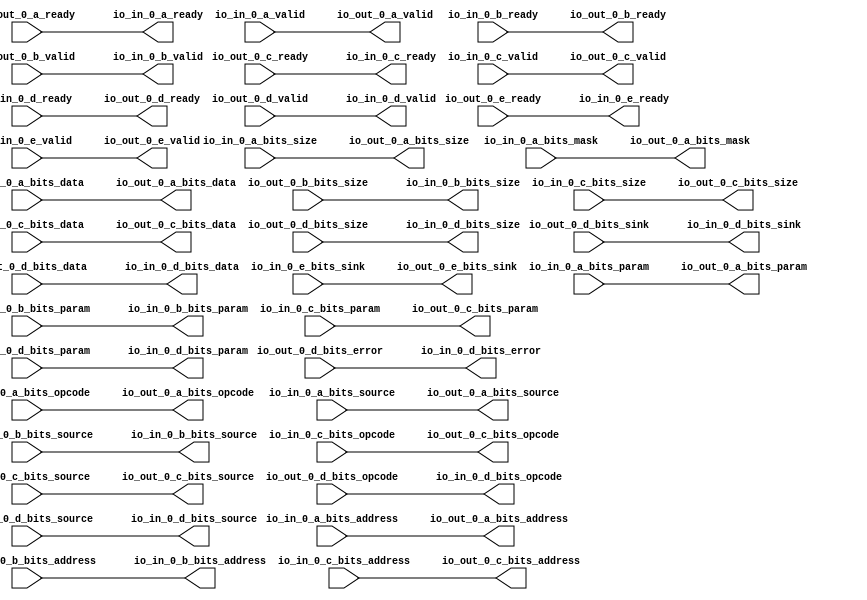
// Copyright (c) 2017, Microsemi Corporation
// All rights reserved.
//
// Redistribution and use in source and binary forms, with or without
// modification, are permitted provided that the following conditions are met:
//     * Redistributions of source code must retain the above copyright
//       notice, this list of conditions and the following disclaimer.
//     * Redistributions in binary form must reproduce the above copyright
//       notice, this list of conditions and the following disclaimer in the
//       documentation and/or other materials provided with the distribution.
//     * Neither the name of the <organization> nor the
//       names of its contributors may be used to endorse or promote products
//       derived from this software without specific prior written permission.
//
// THIS SOFTWARE IS PROVIDED BY THE COPYRIGHT HOLDERS AND CONTRIBUTORS "AS IS" AND
// ANY EXPRESS OR IMPLIED WARRANTIES, INCLUDING, BUT NOT LIMITED TO, THE IMPLIED
// WARRANTIES OF MERCHANTABILITY AND FITNESS FOR A PARTICULAR PURPOSE ARE
// DISCLAIMED. IN NO EVENT SHALL MICROSEMI CORPORATIONM BE LIABLE FOR ANY
// DIRECT, INDIRECT, INCIDENTAL, SPECIAL, EXEMPLARY, OR CONSEQUENTIAL DAMAGES
// (INCLUDING, BUT NOT LIMITED TO, PROCUREMENT OF SUBSTITUTE GOODS OR SERVICES;
// LOSS OF USE, DATA, OR PROFITS; OR BUSINESS INTERRUPTION) HOWEVER CAUSED AND
// ON ANY THEORY OF LIABILITY, WHETHER IN CONTRACT, STRICT LIABILITY, OR TORT
// (INCLUDING NEGLIGENCE OR OTHERWISE) ARISING IN ANY WAY OUT OF THE USE OF THIS
// SOFTWARE, EVEN IF ADVISED OF THE POSSIBILITY OF SUCH DAMAGE.
//
// APACHE LICENSE
// Copyright (c) 2017, Microsemi Corporation 
//
// Licensed under the Apache License, Version 2.0 (the "License");
// you may not use this file except in compliance with the License.
// You may obtain a copy of the License at
//
//    http://www.apache.org/licenses/LICENSE-2.0
//
// Unless required by applicable law or agreed to in writing, software
// distributed under the License is distributed on an "AS IS" BASIS,
// WITHOUT WARRANTIES OR CONDITIONS OF ANY KIND, either express or implied.
// See the License for the specific language governing permissions and
// limitations under the License.
//
// Description:
//
// SVN Revision Information:
// SVN $Revision: $
// SVN $Date: $
//
// Resolved SARs
// SAR      Date     Who   Description
//
// Notes:
//
// ****************************************************************************/
`define RANDOMIZE
`timescale 1ns/10ps
module MIV_RV32IMA_MIV_RV32IMA_0_MIV_RV32IMA_L1_AHB_TLFIFO_FIXER_SYSTEM_BUS(
  output        io_in_0_a_ready,
  input         io_in_0_a_valid,
  input  [2:0]  io_in_0_a_bits_opcode,
  input  [2:0]  io_in_0_a_bits_param,
  input  [3:0]  io_in_0_a_bits_size,
  input  [1:0]  io_in_0_a_bits_source,
  input  [31:0] io_in_0_a_bits_address,
  input  [3:0]  io_in_0_a_bits_mask,
  input  [31:0] io_in_0_a_bits_data,
  input         io_in_0_b_ready,
  output        io_in_0_b_valid,
  output [1:0]  io_in_0_b_bits_param,
  output [3:0]  io_in_0_b_bits_size,
  output [1:0]  io_in_0_b_bits_source,
  output [31:0] io_in_0_b_bits_address,
  output        io_in_0_c_ready,
  input         io_in_0_c_valid,
  input  [2:0]  io_in_0_c_bits_opcode,
  input  [2:0]  io_in_0_c_bits_param,
  input  [3:0]  io_in_0_c_bits_size,
  input  [1:0]  io_in_0_c_bits_source,
  input  [31:0] io_in_0_c_bits_address,
  input  [31:0] io_in_0_c_bits_data,
  input         io_in_0_d_ready,
  output        io_in_0_d_valid,
  output [2:0]  io_in_0_d_bits_opcode,
  output [1:0]  io_in_0_d_bits_param,
  output [3:0]  io_in_0_d_bits_size,
  output [1:0]  io_in_0_d_bits_source,
  output [1:0]  io_in_0_d_bits_sink,
  output [31:0] io_in_0_d_bits_data,
  output        io_in_0_d_bits_error,
  output        io_in_0_e_ready,
  input         io_in_0_e_valid,
  input  [1:0]  io_in_0_e_bits_sink,
  input         io_out_0_a_ready,
  output        io_out_0_a_valid,
  output [2:0]  io_out_0_a_bits_opcode,
  output [2:0]  io_out_0_a_bits_param,
  output [3:0]  io_out_0_a_bits_size,
  output [1:0]  io_out_0_a_bits_source,
  output [31:0] io_out_0_a_bits_address,
  output [3:0]  io_out_0_a_bits_mask,
  output [31:0] io_out_0_a_bits_data,
  output        io_out_0_b_ready,
  input         io_out_0_b_valid,
  input  [1:0]  io_out_0_b_bits_param,
  input  [3:0]  io_out_0_b_bits_size,
  input  [1:0]  io_out_0_b_bits_source,
  input  [31:0] io_out_0_b_bits_address,
  input         io_out_0_c_ready,
  output        io_out_0_c_valid,
  output [2:0]  io_out_0_c_bits_opcode,
  output [2:0]  io_out_0_c_bits_param,
  output [3:0]  io_out_0_c_bits_size,
  output [1:0]  io_out_0_c_bits_source,
  output [31:0] io_out_0_c_bits_address,
  output [31:0] io_out_0_c_bits_data,
  output        io_out_0_d_ready,
  input         io_out_0_d_valid,
  input  [2:0]  io_out_0_d_bits_opcode,
  input  [1:0]  io_out_0_d_bits_param,
  input  [3:0]  io_out_0_d_bits_size,
  input  [1:0]  io_out_0_d_bits_source,
  input  [1:0]  io_out_0_d_bits_sink,
  input  [31:0] io_out_0_d_bits_data,
  input         io_out_0_d_bits_error,
  input         io_out_0_e_ready,
  output        io_out_0_e_valid,
  output [1:0]  io_out_0_e_bits_sink
);
  assign io_in_0_a_ready = io_out_0_a_ready;
  assign io_in_0_b_valid = io_out_0_b_valid;
  assign io_in_0_b_bits_param = io_out_0_b_bits_param;
  assign io_in_0_b_bits_size = io_out_0_b_bits_size;
  assign io_in_0_b_bits_source = io_out_0_b_bits_source;
  assign io_in_0_b_bits_address = io_out_0_b_bits_address;
  assign io_in_0_c_ready = io_out_0_c_ready;
  assign io_in_0_d_valid = io_out_0_d_valid;
  assign io_in_0_d_bits_opcode = io_out_0_d_bits_opcode;
  assign io_in_0_d_bits_param = io_out_0_d_bits_param;
  assign io_in_0_d_bits_size = io_out_0_d_bits_size;
  assign io_in_0_d_bits_source = io_out_0_d_bits_source;
  assign io_in_0_d_bits_sink = io_out_0_d_bits_sink;
  assign io_in_0_d_bits_data = io_out_0_d_bits_data;
  assign io_in_0_d_bits_error = io_out_0_d_bits_error;
  assign io_in_0_e_ready = io_out_0_e_ready;
  assign io_out_0_a_valid = io_in_0_a_valid;
  assign io_out_0_a_bits_opcode = io_in_0_a_bits_opcode;
  assign io_out_0_a_bits_param = io_in_0_a_bits_param;
  assign io_out_0_a_bits_size = io_in_0_a_bits_size;
  assign io_out_0_a_bits_source = io_in_0_a_bits_source;
  assign io_out_0_a_bits_address = io_in_0_a_bits_address;
  assign io_out_0_a_bits_mask = io_in_0_a_bits_mask;
  assign io_out_0_a_bits_data = io_in_0_a_bits_data;
  assign io_out_0_b_ready = io_in_0_b_ready;
  assign io_out_0_c_valid = io_in_0_c_valid;
  assign io_out_0_c_bits_opcode = io_in_0_c_bits_opcode;
  assign io_out_0_c_bits_param = io_in_0_c_bits_param;
  assign io_out_0_c_bits_size = io_in_0_c_bits_size;
  assign io_out_0_c_bits_source = io_in_0_c_bits_source;
  assign io_out_0_c_bits_address = io_in_0_c_bits_address;
  assign io_out_0_c_bits_data = io_in_0_c_bits_data;
  assign io_out_0_d_ready = io_in_0_d_ready;
  assign io_out_0_e_valid = io_in_0_e_valid;
  assign io_out_0_e_bits_sink = io_in_0_e_bits_sink;
endmodule